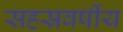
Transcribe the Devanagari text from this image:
सहस्रवर्षीय